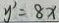
y ^ { \prime } = 8 x